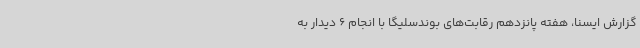
گزارش ایسنا، هفته پانزدهم رقابت‌های بوندسلیگا با انجام 6 دیدار به